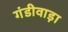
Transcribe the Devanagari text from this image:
गंडीवाड़ा